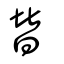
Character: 替